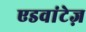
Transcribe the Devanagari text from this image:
एडवांटेज़